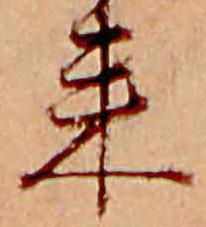
来